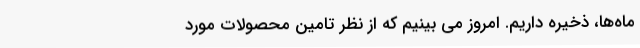
ماه‌ها، ذخیره داریم. امروز می ‌بینیم که از نظر تامین محصولات مورد